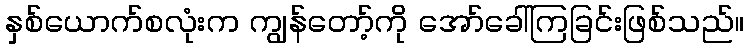
နှစ်ယောက်စလုံးက ကျွန်တော့်ကို အော်ခေါ်ကြခြင်းဖြစ်သည်။